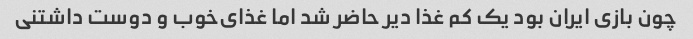
چون بازی ایران بود یک کم غذا دیر حاضر شد اما غذای‌خوب و دوست داشتنی